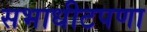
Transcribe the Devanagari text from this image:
सभाधीटपणा